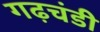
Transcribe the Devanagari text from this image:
गढ़चंडी